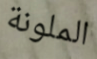
الملونة